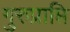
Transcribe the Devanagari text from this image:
गुरुप्राप्ति